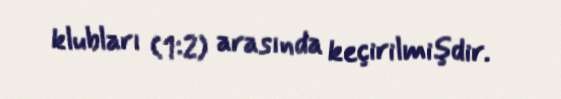
klubları (1:2) arasında keçirilmişdir.